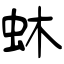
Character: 蚞